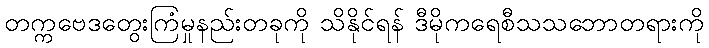
တက္ကဗေဒတွေးကြံမှုနည်းတခုကို သိနိုင်ရန် ဒီမိုကရေစီသသဘောတရားကို